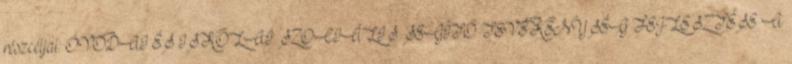
részcéljai: ÓVODAI ÉS ISKOLAI SZOCIÁLIS SEGÍTŐ TEVÉKENYSÉG FEJLESZTÉSE A